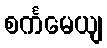
စင်္ကမေယျ